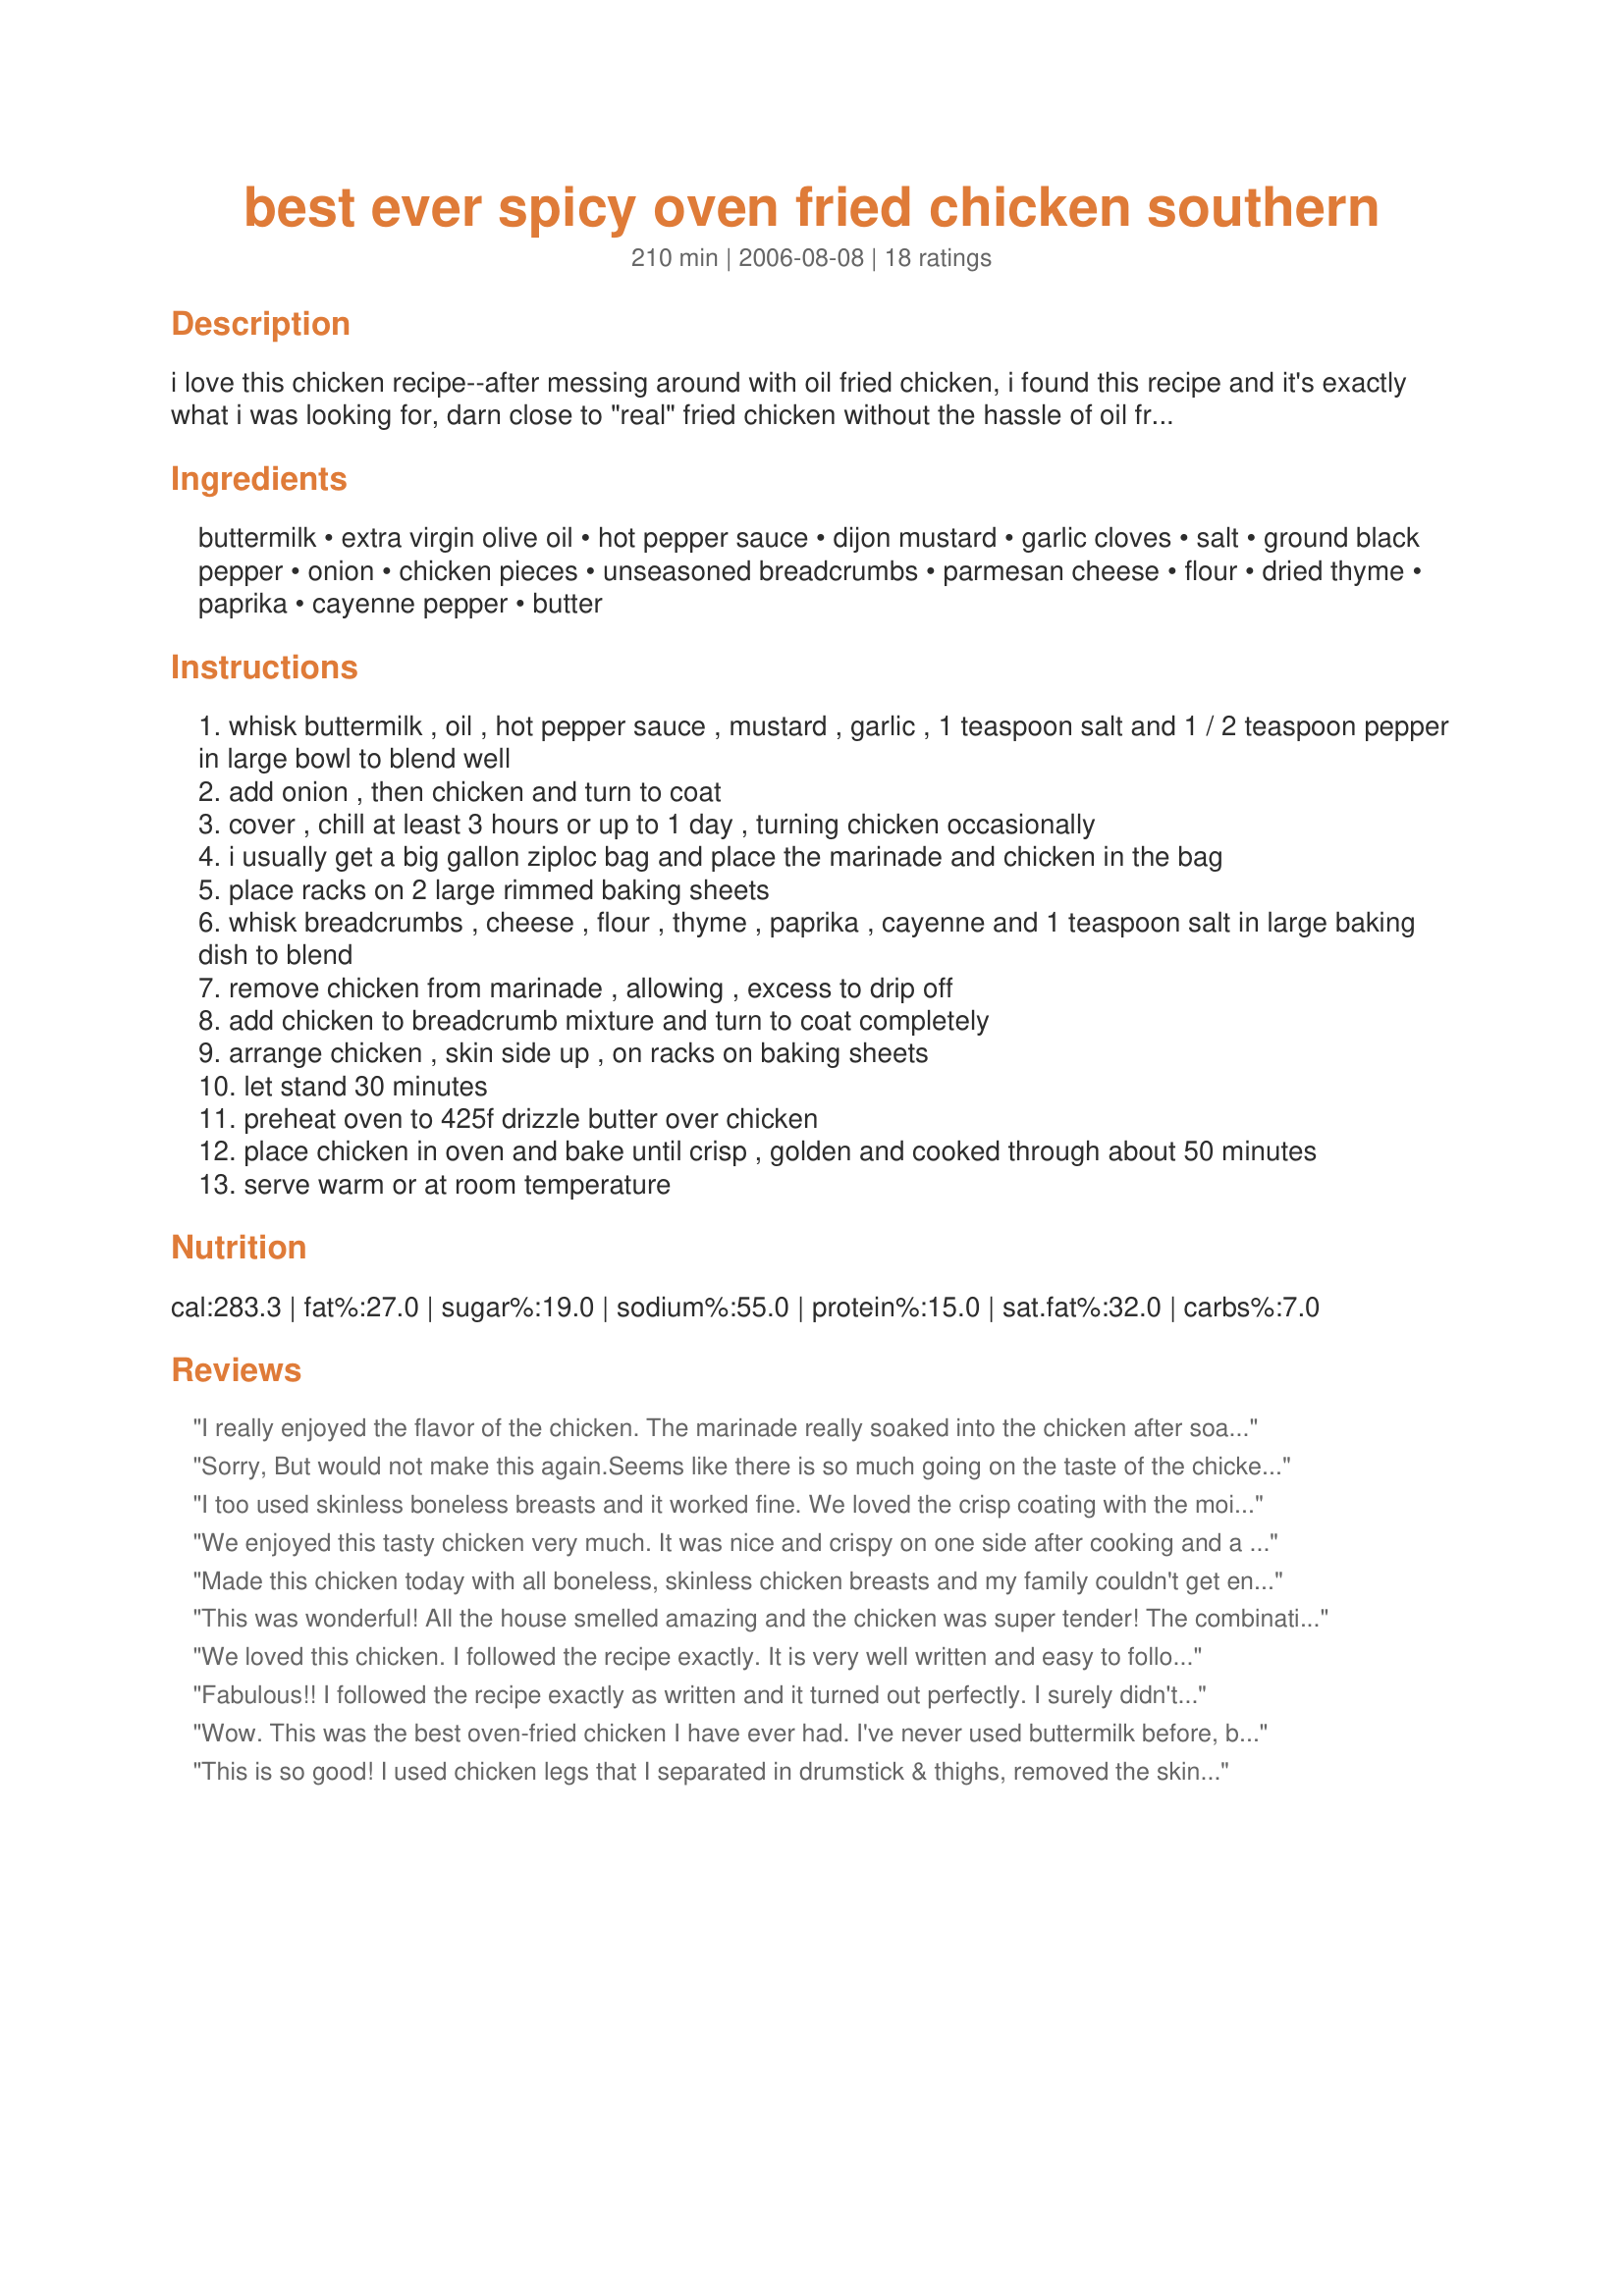
best ever spicy oven fried chicken southern
Preparation time: 210 minutes

i love this chicken recipe--after messing around with oil fried chicken, i found this recipe and it's exactly what i was looking for, darn close to "real" fried chicken without the hassle of oil frying. there is marinating time, but otherwise super easy. don't be intimidated by th amount of hot pepper sauce in the marinade, the chicken will pick up only some of the heat.

Ingredients:
buttermilk, extra virgin olive oil, hot pepper sauce, dijon mustard, garlic cloves, salt, ground black pepper, onion, chicken pieces, unseasoned breadcrumbs, parmesan cheese, flour, dried thyme, paprika, cayenne pepper, butter

Steps:
whisk buttermilk , oil , hot pepper sauce , mustard , garlic , 1 teaspoon salt and 1 / 2 teaspoon pepper in large bowl to blend well
add onion , then chicken and turn to coat
cover , chill at least 3 hours or up to 1 day , turning chicken occasionally
i usually get a big gallon ziploc bag and place the marinade and chicken in the bag
place racks on 2 large rimmed baking sheets
whisk breadcrumbs , cheese , flour , thyme , paprika , cayenne and 1 teaspoon salt in large baking dish to blend
remove chicken from marinade , allowing , excess to drip off
add chicken to breadcrumb mixture and turn to coat completely
arrange chicken , skin side up , on racks on baking sheets
let stand 30 minutes
preheat oven to 425f drizzle butter over chicken
place chicken in oven and bake until crisp , golden and cooked through about 50 minutes
serve warm or at room temperature

Reviews:
I really enjoyed the flavor of the chicken. The marinade really soaked into the chicken after soaking all day. I didn't really care for the coating......but I'm probably in the minority here....it just seemed too much like a shake and bake copycat. The buttermilk marinade is a keeper though!
Sorry, But would not make this again.Seems like there is so much going on the taste of the chicken was gone.Made no changes, but the crust was a bit soggy.
I too used skinless boneless breasts and it worked fine. We loved the crisp coating with the moist chicken inside. I used panko crumbs in place of plain breadcrumbs and they crisped up beautifully. I am sure that this recipe used with bone in and with skin on pieces it would be ral close to the real commercial fried chicken only much much healthier. I served ours with a tossed salad and jacket baked potatoes. Thanks for a keeper :)
We enjoyed this tasty chicken very much. It was nice and crispy on one side after cooking and a little wet on the other side. So I stuck it back into the oven to crisp up a bit more. The flavor is outstanding and the marinade made the chicken so tender and flavorful. Thanks for sharing. Made for Culinary Quest - Southern USA - for the Suitcase Gourmets.
Made this chicken today with all boneless, skinless chicken breasts and my family couldn't get enough. 
This is a winner! Thanks for posting!
This was wonderful! All the house smelled amazing and the chicken was super tender! The combination of the coating ingredients was sooo tasty. I also coated some onion slices and placed on a baking mold; they were more than appreciated! Will do it for sure again, my family will remember me this recipe and ask me for a &quot;BIS&quot;. Made for Culinary Quest 2014.
We loved this chicken. I followed the recipe exactly. It is very well written and easy to follow. Just the right amount of "heat". I served this with a salad and garlic buttermilk mashed potatoes. Great, we all enjoyed!
Fabulous!! I followed the recipe exactly as written and it turned out perfectly. I surely didn't miss the clean up from the traditional fried chicken!! Thanks for this wonderful, and great tasting, alternative. :-)
Wow. This was the best oven-fried chicken I have ever had. I've never used buttermilk before, but it must be the reason this chicken was so juicy on the inside yet nice and crispy on the outside. I split the recipe in half and used drumsticks, letting them marinate for just under 24 hours. Like someone else suggested, I sprayed the chicken with Pam instead of using butter. My boyfriend and I had these with roasted potatoes and green beans, and I can't wait for the leftovers! I took a few pictures of it, so I will try to post those soon. Thanks for such a great recipe.
This is so good! I used chicken legs that I separated in drumstick & thighs, removed the skin and folowed your recipe. I cooked with potato wedges.What a treat!
This will be our new Oven Fried chicken,Thanks so much for sharing this one.
Rita
My son refused to eat this. I started marinating it this morning. I loved coating it and letting it rest on the racks. I had never done that before and that is a neato bandido trick. I really did not like the crust. To me it was kind of like shake and bake. So, I think if I do this again, I am going to have to figure out a different coating.
THis was wonderful!! Thank you so much for sharing! I wouldn't change a thing! :)
We thought the flavor of this chicken was at least ten stars, and we'll definitely have it again. However, the oven temperature of 425 is well past the smoke point of butter, and the entire house filled with smoke! I hadn't thought about that ahead of time, so things were pretty smoky before I turned the oven down! I think that I'll use something other than butter the next time rather than cook it at a lower temperature. Perhaps, if the chicken has skin on it, as ours did, one wouldn't even need the extra fat. Anyway, it was very tasty and not at all too hot.
I let the chicken marinate for 24 hours before cooking. I believe it imparted flavor and tenderness. I used split chicken breasts, since we only like white meat. I thought the melted butter was not enough to crisp up the chicken, so I also sprayed it with butter-flavored non-stick cooking spray. Even though it was cooked on a rack, I was surprised that the bottom were a bit soggy. I thought keeping it out of the juices would avoid that. The coating is very tasty, and it the baking aroma was wonderful! I&#039;m so glad I tried this. Made for Culinary Quest 2014.
This is from a June 2000 Bon Appetit and I have been making it ever since I saw it in the magazine. It is excellent. To get the coating crispier, use panko bread crumbs. Excellent recipe. Thanks!
Not being a huge fried chicken fan, I never tried this, but my husband loved it and actually thanked me for trying this one. He used to love Banquet's spicy fried chicken, but that is no longer available. According to him, this produces a similar flavor with a much better fat content. I used only thighs as he likes dark meat, but if I were to make it again, I might also use breasts so that I may like it also. Thanks for a healthier version!
WOW! Fantastic marinade and very tasty coating. But wait, there's more! I followed the recipe EXCEPT I used skinless thighs, and replaced the butter with buttery cooking spray, which I sprayed on the coated meat, thus cutting the fat considerably. Then I cooked it right on a baking sheet sprayed with cooking spray and baked 375* for 45 minutes. This tasted rich and SO GOOD, and we didn't miss the skin at all! It was spicey and wonderful, and I will be making this recipe forever. Thanks Mrs Goodall, my Seattle neighbor! Made for ZWT3.
This was very good. I also used boneless, skinless chicken thighs and used spray margarine to reduce fat. I baked on a rack, and the tops got crispy but the bottoms were kinda soggy (still tasted great, however!). Next time I place directly on the baking sheet in hopes of the bottoms getting a little crispier. An easy make ahead dinner for weeknights.
